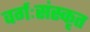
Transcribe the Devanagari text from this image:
वर्गःसंस्कृत